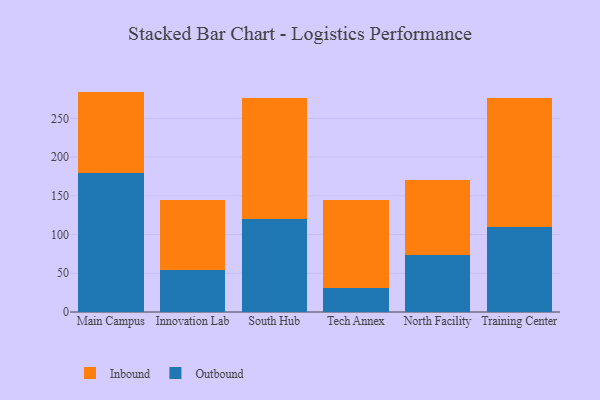
{"axis": {"x": "Campus", "y": "Production Output"}, "legend": ["Inbound", "Outbound"], "data": [{"x": "Main Campus", "y": 179.2, "type": "Outbound"}, {"x": "Main Campus", "y": 105.4, "type": "Inbound"}, {"x": "Innovation Lab", "y": 54.7, "type": "Outbound"}, {"x": "Innovation Lab", "y": 90.1, "type": "Inbound"}, {"x": "South Hub", "y": 119.7, "type": "Outbound"}, {"x": "South Hub", "y": 156.3, "type": "Inbound"}, {"x": "Tech Annex", "y": 31.5, "type": "Outbound"}, {"x": "Tech Annex", "y": 113.4, "type": "Inbound"}, {"x": "North Facility", "y": 73.2, "type": "Outbound"}, {"x": "North Facility", "y": 97.9, "type": "Inbound"}, {"x": "Training Center", "y": 110.0, "type": "Outbound"}, {"x": "Training Center", "y": 166.7, "type": "Inbound"}]}